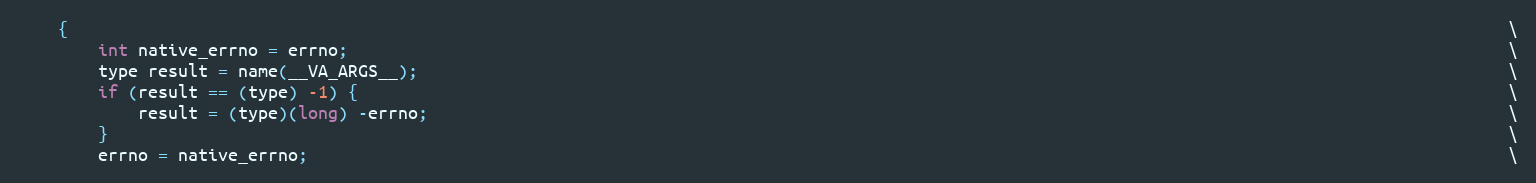
Language: C
    {                                                                                                                                                \
        int native_errno = errno;                                                                                                                    \
        type result = name(__VA_ARGS__);                                                                                                             \
        if (result == (type) -1) {                                                                                                                   \
            result = (type)(long) -errno;                                                                                                            \
        }                                                                                                                                            \
        errno = native_errno;                                                                                                                        \